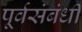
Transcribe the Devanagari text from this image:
पूर्वसंबंधी